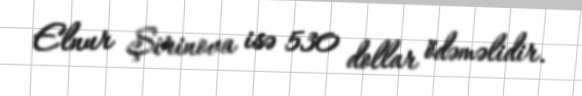
Elnur Şirinova isə 530 dollar ödəməlidir.